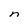
Character: n